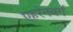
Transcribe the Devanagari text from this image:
एहरेनबर्ग